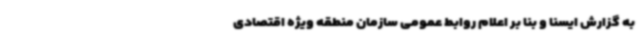
به گزارش ایسنا و بنا بر اعلام روابط عمومی سازمان منطقه ویژه اقتصادی